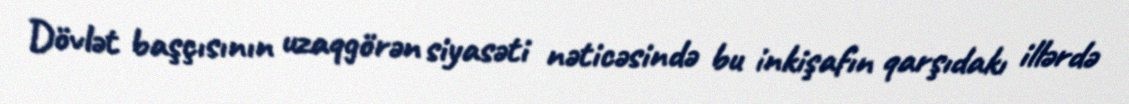
Dövlət başçısının uzaqgörən siyasəti nəticəsində bu inkişafın qarşıdakı illərdə